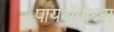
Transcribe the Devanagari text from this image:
पायथॅगोरस